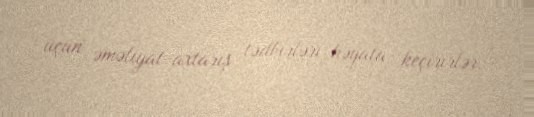
üçün əməliyat-axtarış tədbirləri həyata keçirirlər.